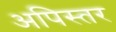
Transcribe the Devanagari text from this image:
अपिस्तर